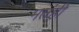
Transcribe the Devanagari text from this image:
मतंही